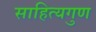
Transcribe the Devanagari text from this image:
साहित्यगुण